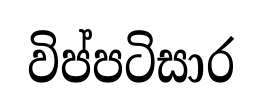
විප්පටිසාර